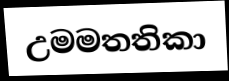
උමමතතිකා